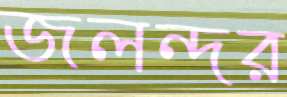
জলন্দর